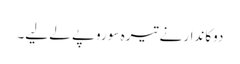
دوکاندار نے تیرہ سو روپے لے لیے۔